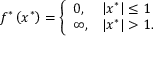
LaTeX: f ^ { * } \left( x ^ { * } \right) = { \left\{ \begin{array} { l l } { 0 , } & { \left| x ^ { * } \right| \leq 1 } \\ { \infty , } & { \left| x ^ { * } \right| > 1 . } \end{array} \right. }